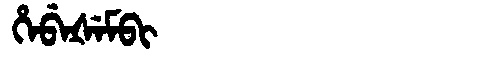
Manchu: ᡥᡝᠪᡝᡧᡝᠮᠪᡳ
Romanization: HEBEŠEMBI